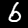
Digit: 6